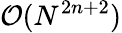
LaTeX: \mathcal{O}(N^{2n+2})